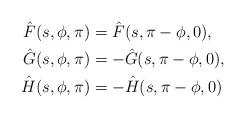
LaTeX: \begin{align*}\begin{aligned}\hat{F}(s,\phi,\pi)&=\hat{F}(s,\pi-\phi,0), \\\hat{G}(s,\phi,\pi)&=-\hat{G}(s,\pi-\phi,0), \\\hat{H}(s,\phi,\pi)&=-\hat{H}(s,\pi-\phi,0)\end{aligned}\end{align*}